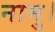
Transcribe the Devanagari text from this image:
नामु।